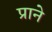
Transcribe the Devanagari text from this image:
प्राने